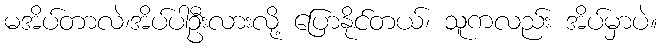
မအိပ်တာလဲ၊အိပ်ပါဦးလားလို့ ပြောနိုင်တယ်၊ သူကလည်း အိပ်မှာပဲ။